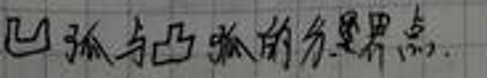
凸弧与凸弧的分界点.